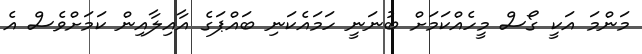
މަންމަ އަކީ ގޯސް މީހެއްކަމަށް ބުނަނީ ހަމައެކަނި ބައްޕަގެ އާއިލާއިން ކަމަށްވެސް އެ